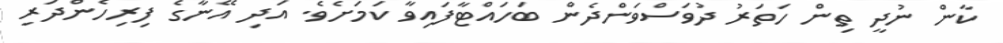
ކާން ނުދީ ތިން ހަތަރު ދުވަސްވަންދެން ބަހައްޓާފައިވާ ކަމަށެވެ. އަދި އޭނާގެ ފިރިހެންދަރި